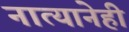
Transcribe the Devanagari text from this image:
नात्यानेही